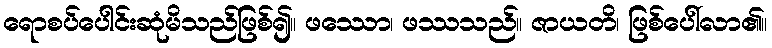
ရောစပ်ပေါင်းဆုံမိသည်ဖြစ်၍။ ဖဿော၊ ဖဿသည်။ ဇာယတိ၊ ဖြစ်ပေါ်လာ၏။